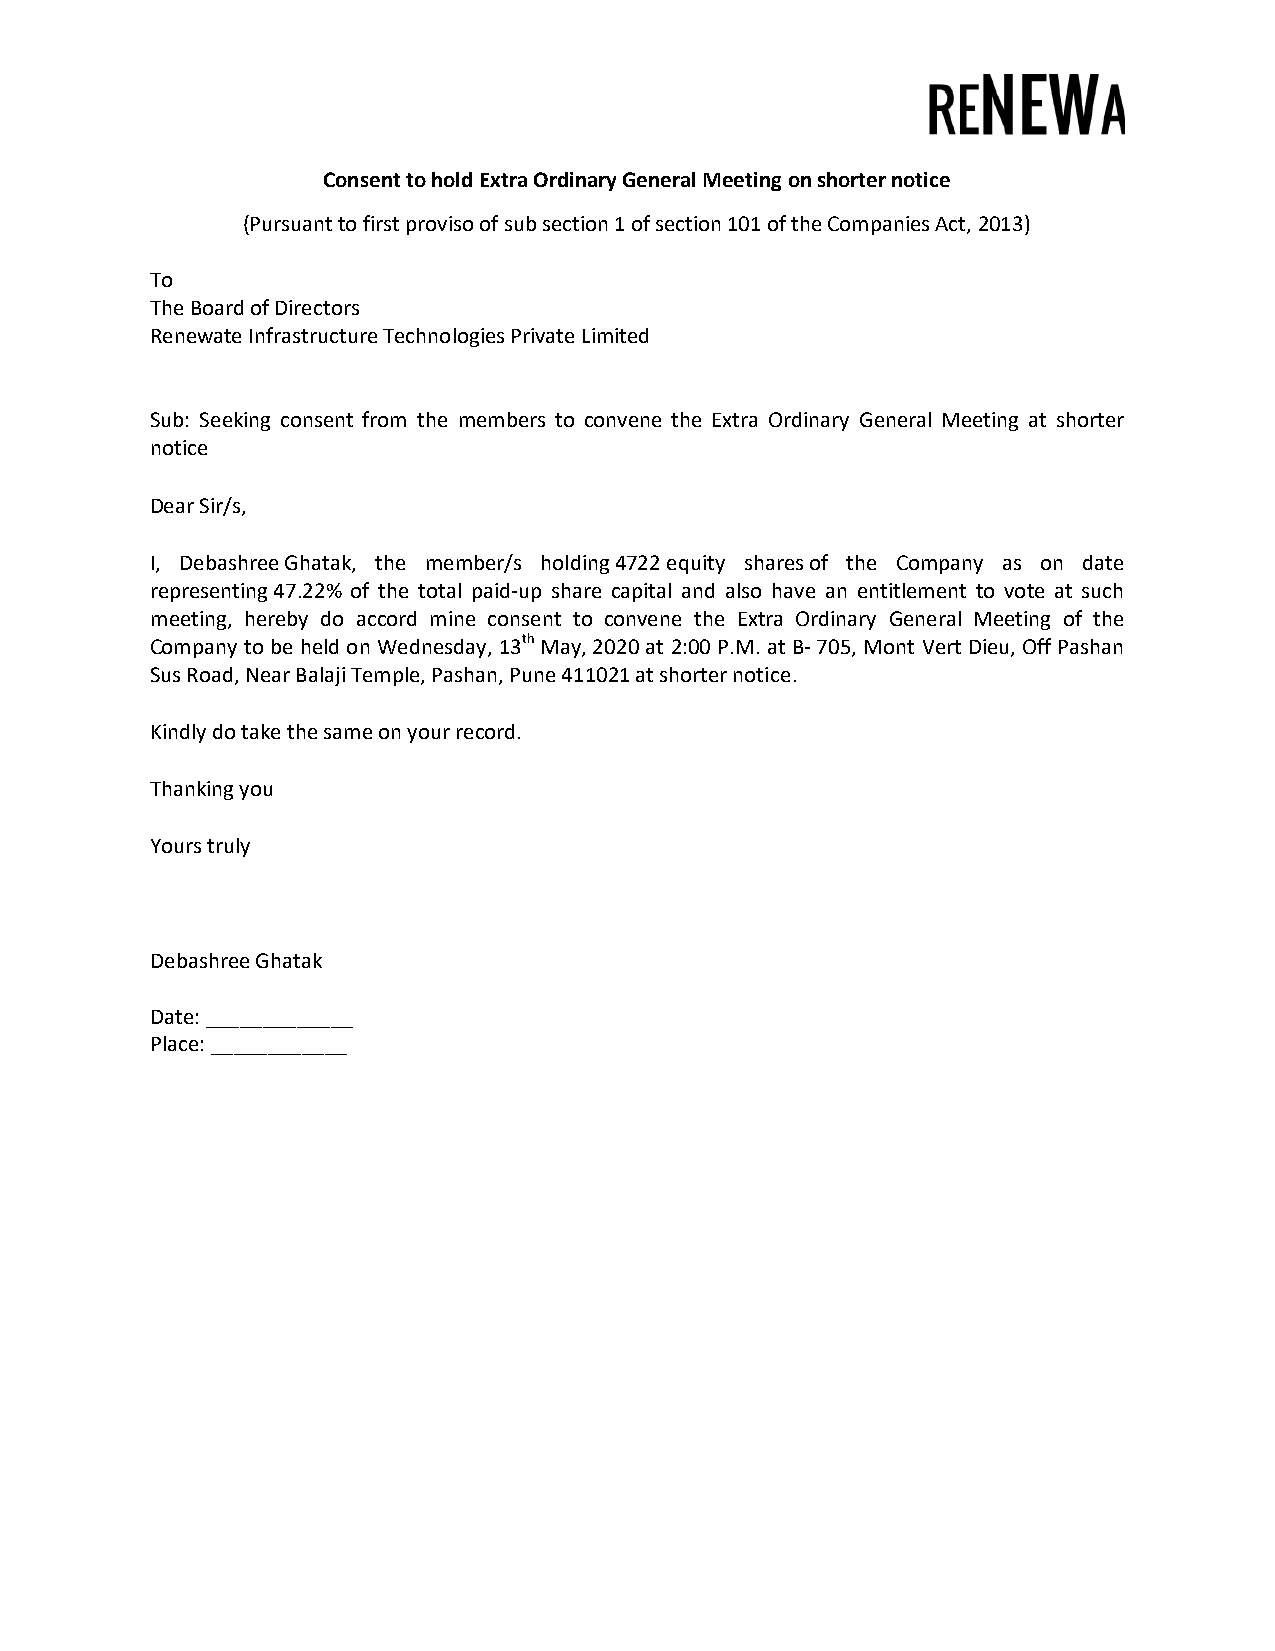
Consent to hold Extra Ordinary General Meeting on shorter notice
 (Pursuant to first proviso of sub section 1 of section 101 of the Companies Act, 2013)
 To
 The Board of Directors
 Renewate Infrastructure Technologies Private Limited
 Sub: Seeking consent from the members to convene the Extra Ordinary General Meeting at shorter
 notice
 Dear Sir/s,
 I, Debashree Ghatak, the member/s holding 4722 equity shares of the Company as on date
 representing 47.22% of the total paid-up share capital and also have an entitlement to vote at such
 meeting, hereby do accord mine consent to convene the Extra Ordinary General Meeting of the
 Company to be held on Wednesday, 13th May, 2020 at 2:00 P.M. at B- 705, Mont Vert Dieu, Off Pashan
 Sus Road, Near Balaji Temple, Pashan, Pune 411021 at shorter notice.
 Kindly do take the same on your record.
 Thanking you
 Yours truly
 Debashree Ghatak
 Date: _____________
 Place: ____________